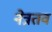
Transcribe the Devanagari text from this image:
नेत्रतव